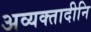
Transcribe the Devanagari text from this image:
अव्यक्तादीनि